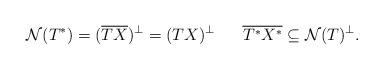
LaTeX: \begin{align*}\mathcal{N}(T^*)=(\overline{TX})^\perp=(TX)^\perp\;\;\;\;\;\;\overline{T^*X^*}\subseteq\mathcal{N}(T)^\perp.\end{align*}